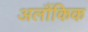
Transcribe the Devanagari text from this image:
अलौंकिक